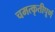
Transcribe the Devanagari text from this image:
चमत्कृतीपूर्ण